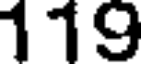
119